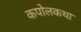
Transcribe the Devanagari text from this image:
कपोलकथा